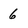
Character: 6